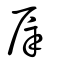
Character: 屖